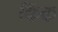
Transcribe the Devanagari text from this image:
किंक